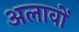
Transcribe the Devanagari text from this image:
अलावों